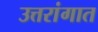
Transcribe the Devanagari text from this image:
उत्तरांगात